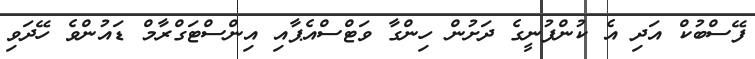
ފޭސްބުކް އަދި އެ ކުންފުނީގެ ދަށުން ހިންގާ ވަޓްސްއެޕާއި އިންސްޓަގްރާމް ޑައުންވެ ހޭދަވި